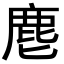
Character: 麀